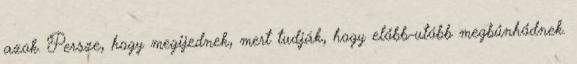
azok. Persze, hogy megijednek, mert tudják, hogy előbb-utóbb megbűnhődnek.